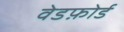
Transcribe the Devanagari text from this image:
वेडफ़ोर्ड